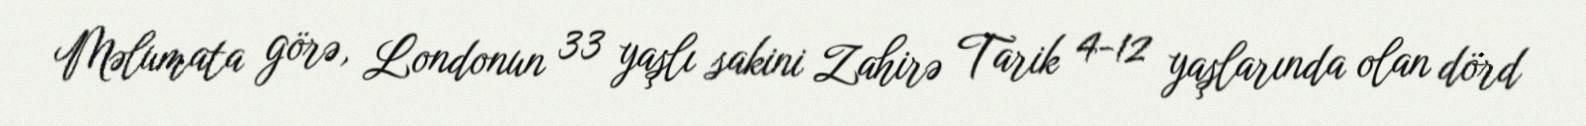
Məlumata görə, Londonun 33 yaşlı sakini Zahirə Tarik 4-12 yaşlarında olan dörd